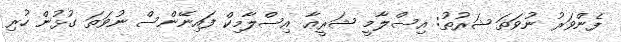
ފެންވަރު ނުވަތަ ޝަރުތު: އިސްލާމީ ޝަރީޢާ އިސްލާމިކް ފައިނޭންސް ނުވަތަ ގުޅުން ހުރި